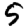
Digit: 5